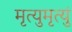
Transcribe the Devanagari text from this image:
मृत्युमृत्युं